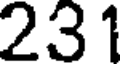
231